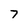
Character: 7